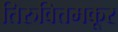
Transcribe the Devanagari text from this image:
तिरुवित्तमकूर